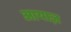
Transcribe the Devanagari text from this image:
आयाज़